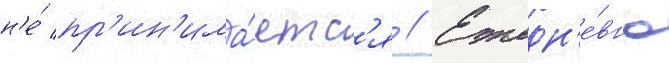
н'е́ пр'ин'има́етс'я // Ежедн'е́вно